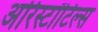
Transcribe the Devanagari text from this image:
अरिस्टॉटिल्स